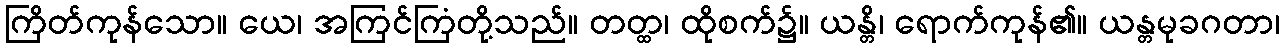
ကြိတ်ကုန်သော။ ယေ၊ အကြင်ကြံတို့သည်။ တတ္ထ၊ ထိုစက်၌။ ယန္တိ၊ ရောက်ကုန်၏။ ယန္တမုခဂတာ၊